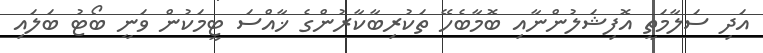
އަދި ސަލާމަތީ އޮފިޝަލުންނާއި ބޮމާބެހޭ ތަކުރިބާކާރުންގެ ޚާއްސަ ޓީމަކުން ވަނީ ބޯޓު ބަލައި